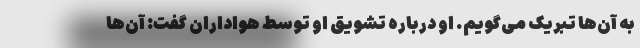
به آن‌ها تبریک می‌گویم. او درباره تشویق او توسط هواداران گفت: آن‌ها